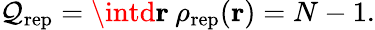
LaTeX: \mathcal{Q}_{\mathrm{{rep}}}=\intd{\mathbf{r}}\: \rho_{\mathrm{{rep}}}({\mathbf{r}})=N-1.